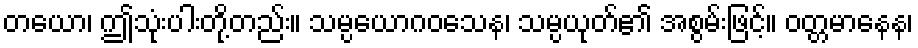
တယော၊ ဤသုံးပါးတို့တည်း။ သမ္ပယောဂဝသေန၊ သမ္ပယုတ်၏ အစွမ်းဖြင့်။ ဝတ္တမာနေန၊